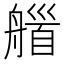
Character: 𦩽